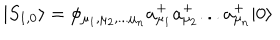
LaTeX: | S _ { 1 , 0 } \rangle = \phi _ { \mu _ { 1 } , \mu _ { 2 } , . . . \mu _ { n } } a _ { \mu _ { 1 } } ^ { + } a _ { \mu _ { 2 } } ^ { + } . . . a _ { \mu _ { n } } ^ { + } | 0 \rangle